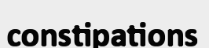
constipations